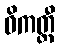
ဝိကတ္ထီ